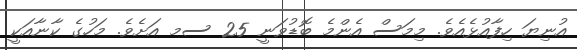
އުނިޔަ ހިފާއުޅެއެވެ. މިމަސް އެންމެ ބޮޑުވަނީ 25 ސމ އަށެވެ. މަހުގެ ކާނާއަކީ